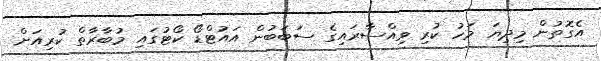
އެގޮތުން މިދިޔަ މަހު ކުރި ވިއްސާރައިގެ ސަބަބުން އައުޓްޑޯ ކޯޓުގައި މުބާރާތް ކުރިއަށް